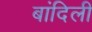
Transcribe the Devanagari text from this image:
बांदिली